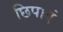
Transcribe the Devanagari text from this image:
छिपाएं